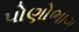
પોણોભાગ